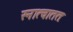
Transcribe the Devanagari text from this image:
स्नात्वाततः